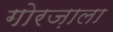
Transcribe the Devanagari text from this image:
गोरज़ाला